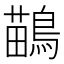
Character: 鶓